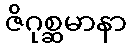
ဇိဂုစ္ဆမာနာ